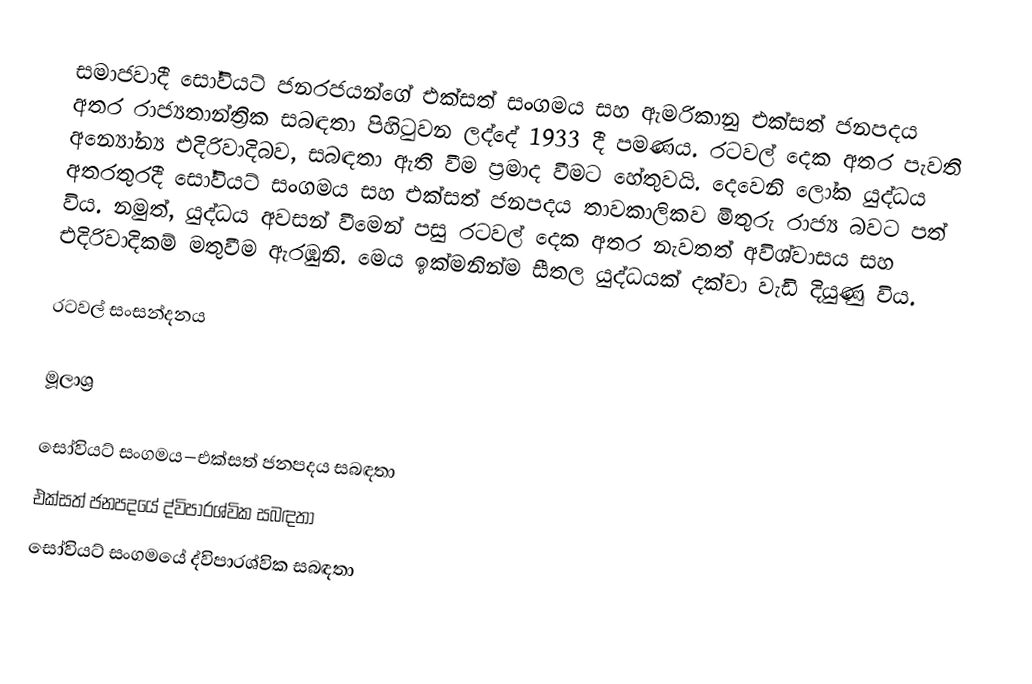
සමාජවාදී සෝවියට් ජනරජයන්ගේ එක්සත් සංගමය සහ ඇමරිකානු එක්සත් ජනපදය අතර රාජ්‍යතාන්ත්‍රික සබඳතා පිහිටුවන ලද්දේ 1933 දී පමණය. රටවල් දෙක අතර පැවති අන්‍යෝන්‍ය එදිරිවාදිබව, සබඳතා ඇති වීම ප්‍රමාද වීමට හේතුවයි. දෙවෙනි ලෝක යුද්ධය අතරතුරදී සෝවියට් සංගමය සහ එක්සත් ජනපදය තාවකාලිකව මිතුරු රාජ්‍ය බවට පත් විය. නමුත්, යුද්ධය අවසන් වීමෙන් පසු රටවල් දෙක අතර නැවතත් අවිශ්වාසය සහ එදිරිවාදිකම් මතුවීම ඇරඹුනි. මෙය ඉක්මනින්ම සීතල යුද්ධයක් දක්වා වැඩි දියුණු විය.

රටවල් සංසන්දනය

මූලාශ්‍ර

සෝවියට් සංගමය–එක්සත් ජනපදය සබඳතා
එක්සත් ජනපදයේ ද්විපාරශ්වික සබඳතා
සෝවියට් සංගමයේ ද්විපාරශ්වික සබඳතා